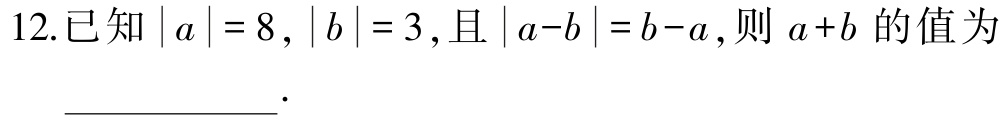
12.已知\(\vert a\vert = 8\)，\(\vert b\vert = 3\)，且\(\vert a - b\vert = b - a\)，则\(a + b\)的值为  ．